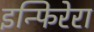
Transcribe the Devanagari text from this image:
इन्फिरेरा